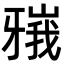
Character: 𬌘